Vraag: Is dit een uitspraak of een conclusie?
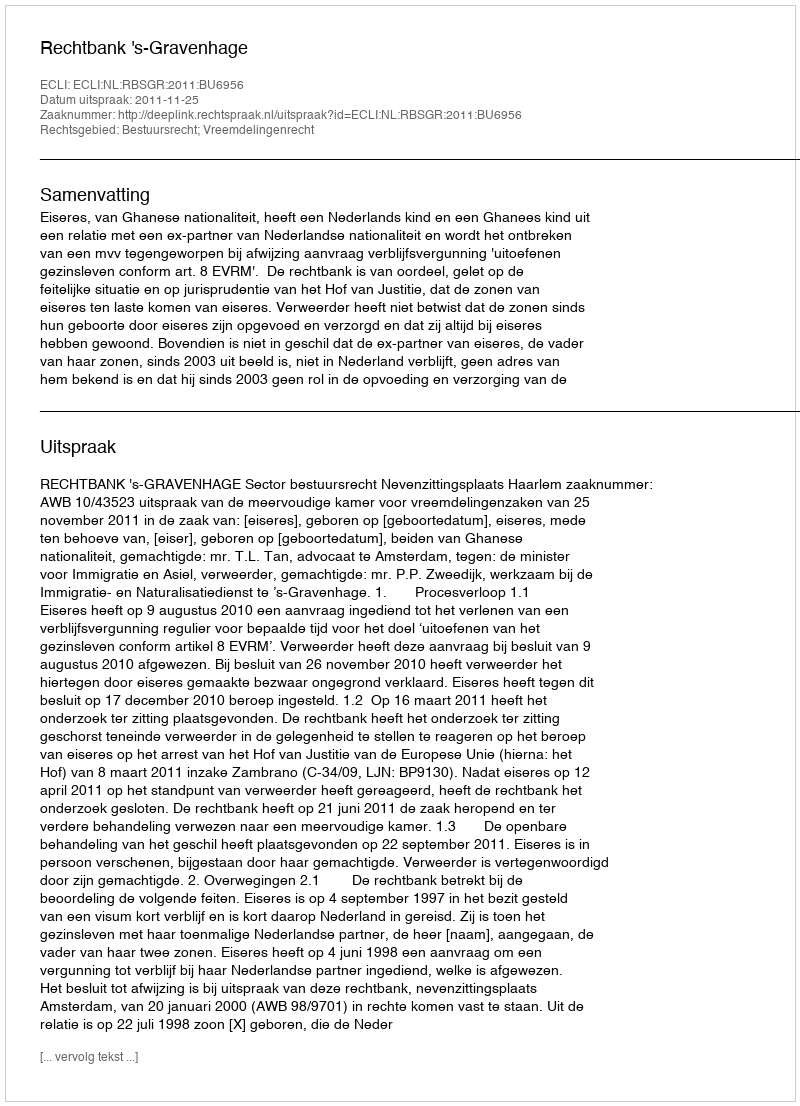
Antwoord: Uitspraak